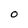
Character: O